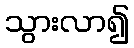
သွားလာ၍